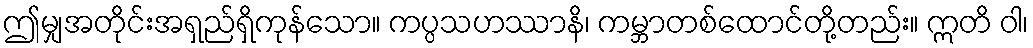
ဤမျှအတိုင်းအရှည်ရှိကုန်သော။ ကပ္ပသဟဿာနိ၊ ကမ္ဘာတစ်ထောင်တို့တည်း။ ဣတိ ဝါ၊